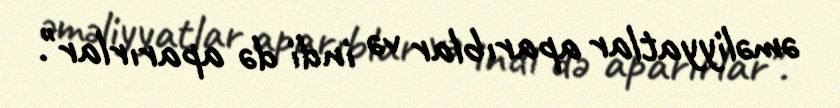
əməliyyatlar aparıblar və indi də aparırlar".